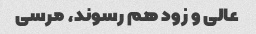
عالی و زود هم رسوند، مرسی